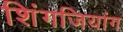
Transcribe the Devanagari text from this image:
शिंगजियांग